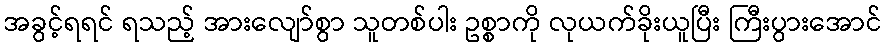
အခွင့်ရရင် ရသည့် အားလျော်စွာ သူတစ်ပါး ဥစ္စာကို လုယက်ခိုးယူပြီး ကြီးပွားအောင်